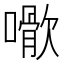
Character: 𡁌